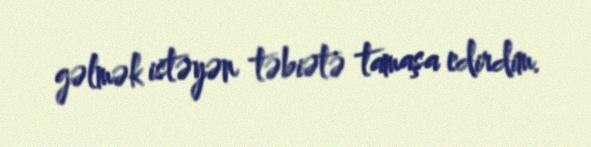
gəlmək istəyən təbiətə tamaşa edirdim.